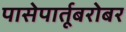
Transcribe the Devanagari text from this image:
पासेपार्तूबरोबर